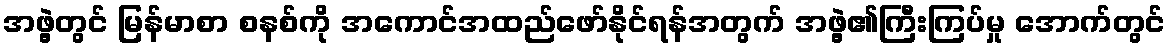
အဖွဲ့တွင် မြန်မာစာ စနစ်ကို အကောင်အထည်ဖော်နိုင်ရန်အတွက် အဖွဲ့၏ကြီးကြပ်မှု အောက်တွင်